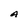
Character: A